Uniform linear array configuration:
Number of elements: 64
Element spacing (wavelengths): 0.75
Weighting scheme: blackman
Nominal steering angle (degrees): -30
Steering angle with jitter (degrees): -28.064
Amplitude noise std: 0.05
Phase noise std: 0.05

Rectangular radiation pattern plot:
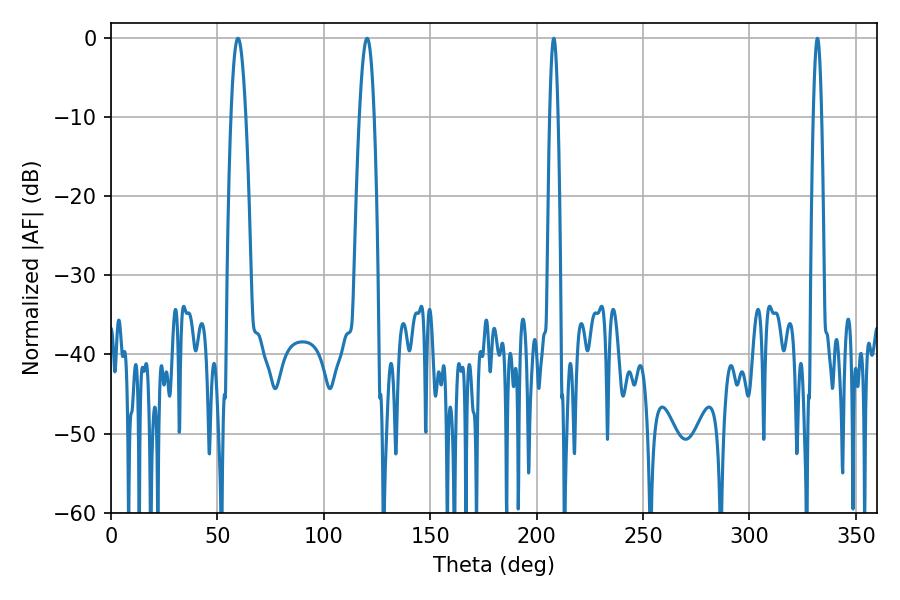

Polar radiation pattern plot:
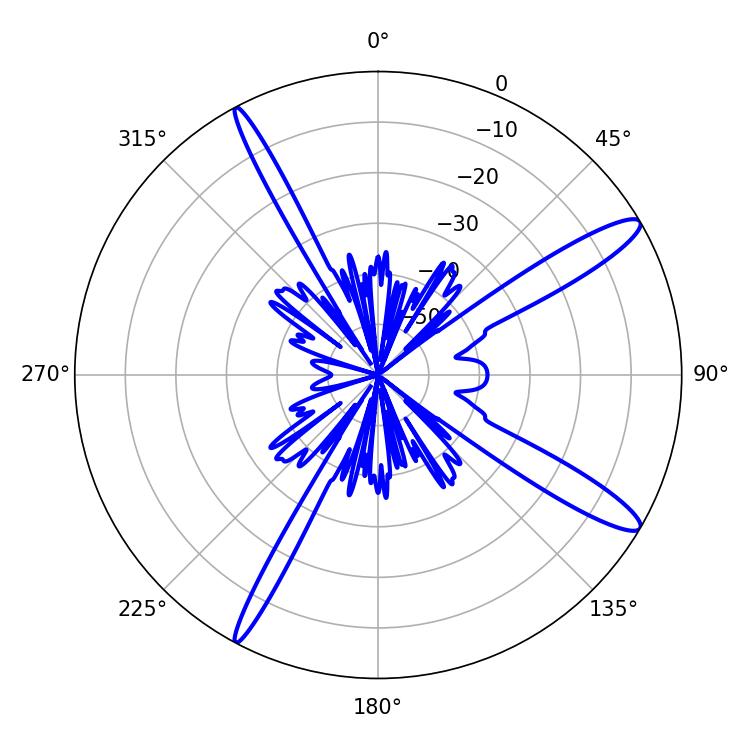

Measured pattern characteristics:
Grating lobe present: TRUE
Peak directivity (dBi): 13.641
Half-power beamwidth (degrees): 2.16
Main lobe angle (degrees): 208.08